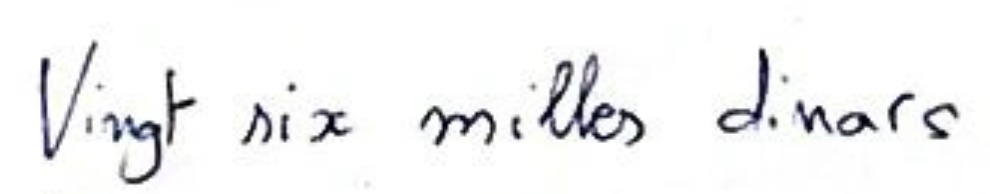
Vingt six milles dinars